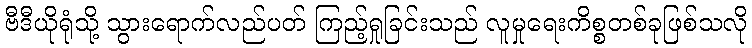
ဗီဒီယိုရုံသို့ သွားရောက်လည်ပတ် ကြည့်ရှုခြင်းသည် လူမှုရေးကိစ္စတစ်ခုဖြစ်သလို